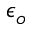
\epsilon _ { o }